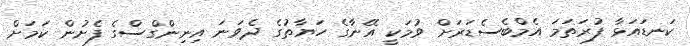
ކަނޑައަޅާ ފުރަތަމަ އެމްބެސެޑަރަށް ވުމަކީ އޭނާގެ ހަޔާތުގެ ދެވަނަ އިނިންގްސްގެ ފެށުން ކަމަށް